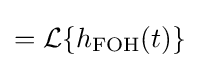
={\mathcal {L}}\{h_{\mathrm {FOH} }(t)\}\